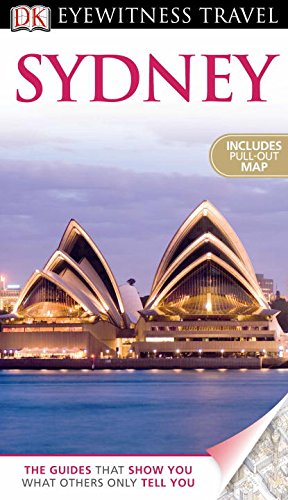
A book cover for DK Eyewitness Travel Guide: Sydney; Kate Hemphill; Travel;